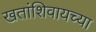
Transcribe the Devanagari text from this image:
खतांशिवायच्या